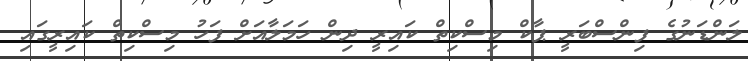
ލަންޑަނުގެ ފިންސްބަރީ ޕާކް މިސްކިތް ކައިރީ ދިން ހަމަލާއަށް ފަހު މިސްކިތް ކައިރީގައި